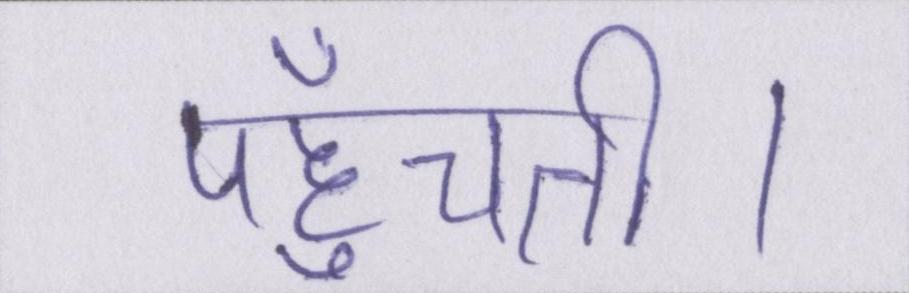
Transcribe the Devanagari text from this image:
पहुँचती।